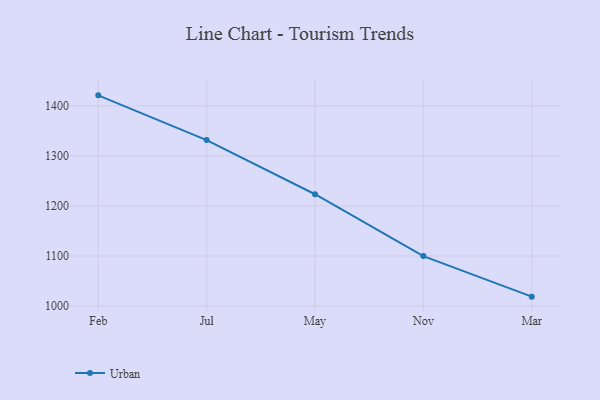
{"axis": {"x": "Month", "y": "Temperature (°C)"}, "legend": ["Urban"], "data": [{"x": "Feb", "y": 1421.0, "type": "Urban"}, {"x": "Jul", "y": 1331.7, "type": "Urban"}, {"x": "May", "y": 1223.4, "type": "Urban"}, {"x": "Nov", "y": 1099.8, "type": "Urban"}, {"x": "Mar", "y": 1018.8, "type": "Urban"}]}